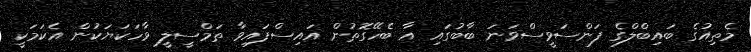
މެތިއުގެ ބައިބްލްގެ ފަންސަވީސްވަނަ ބާބުގައި އާ ބެހޭގޮތުން އައިސްފައިވާ ތަމްސީލީ ވާހަކަޔަކުން އެކަމަކީ